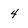
Character: 4